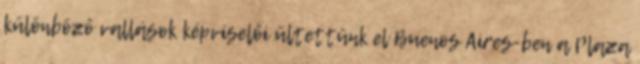
különböző vallások képviselői ültettünk el Buenos Aires-ben a Plaza